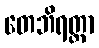
တေဘိရတ္တာ